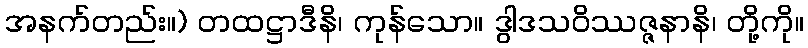
အနက်တည်း။) တထဋ္ဌာဒီနိ၊ ကုန်သော။ ဒွါဒသဝိဿဇ္ဇနာနိ၊ တို့ကို။